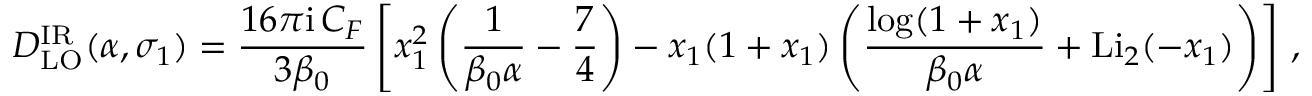
D _ { \mathrm { L O } } ^ { \mathrm { I R } } ( \alpha , \sigma _ { 1 } ) = \frac { 1 6 \pi \mathrm { i } \, C _ { F } } { 3 \beta _ { 0 } } \left[ x _ { 1 } ^ { 2 } \left( \frac { 1 } { \beta _ { 0 } \alpha } - \frac { 7 } { 4 } \right) - x _ { 1 } ( 1 + x _ { 1 } ) \left( \frac { \log ( 1 + x _ { 1 } ) } { \beta _ { 0 } \alpha } + \mathrm { L i } _ { 2 } ( - x _ { 1 } ) \right) \right] \, ,